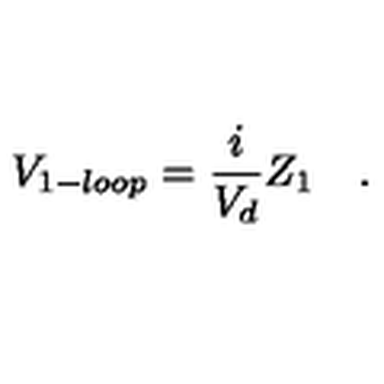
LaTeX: V _ { 1 - l o o p } = \frac { i } { V _ { d } } Z _ { 1 } \quad .